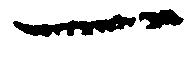
一